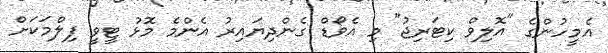
އެމީހުންގެ "އޮލިވް ކިޓަރިޖު" މި އެވޯޑް ގެންދިޔައިރު އެންމެ މޮޅު ޓީވީ ފިލްމަކަށް